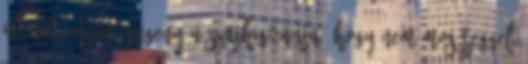
akinek olyan szegeny a szajhigienaja, hogy nem mos reggeli